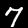
Label: 7